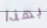
بهذا